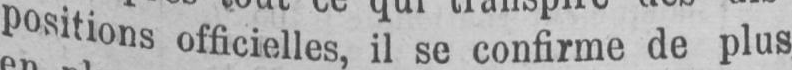
positions officielles, il se confirme de plus